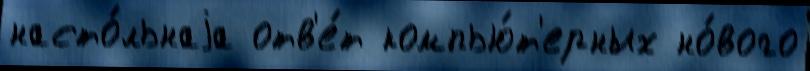
насто́льнаjа отв'е́т компью́т'ерных но́вого